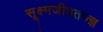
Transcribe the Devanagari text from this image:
सूक्ष्मजीवतज्ज्ञ